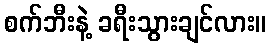
စက်ဘီးနဲ့ ခရီးသွားချင်လား။